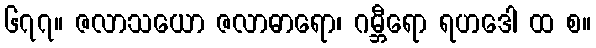
၆၇၇။ ဇလာသယော ဇလာဓာရော၊ ဂမ္ဘီရော ရဟဒေါ ထ စ။